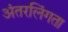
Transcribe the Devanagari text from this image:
अंतरलिंगता